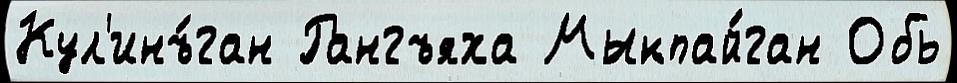
Кул'инъ́ган Рангъяха Мыкпай́ган Обь